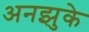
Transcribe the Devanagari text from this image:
अनझुके